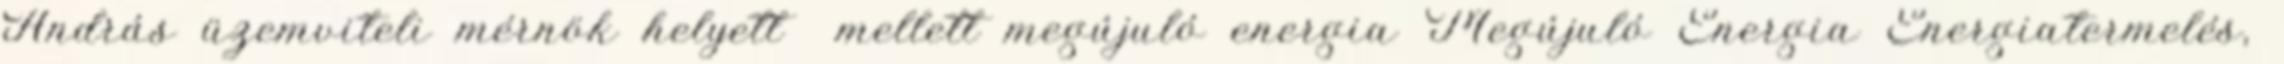
András üzemviteli mérnök helyett mellett megújuló energia Megújuló Energia Energiatermelés,